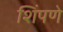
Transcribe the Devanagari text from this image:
शिंपणे